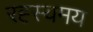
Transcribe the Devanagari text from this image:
रह्स्यमय